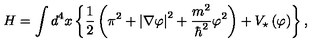
H = \int d ^ { 4 } x \left\{ \frac { 1 } { 2 } \left( \pi ^ { 2 } + \left| \nabla \varphi \right| ^ { 2 } + \frac { m ^ { 2 } } { \hbar ^ { 2 } } \varphi ^ { 2 } \right) + V _ { \star } \left( \varphi \right) \right\} ,